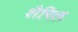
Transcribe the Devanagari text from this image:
शैरिल